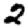
Digit: 2